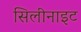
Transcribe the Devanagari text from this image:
सिलीनाइट